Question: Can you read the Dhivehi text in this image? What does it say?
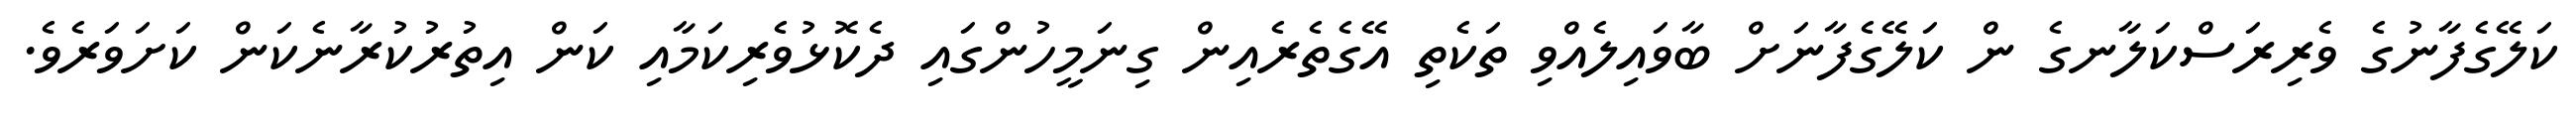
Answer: ކަލޭގެފާނުގެ ވެރިރަސްކަލާނގެ ން ކަލޭގެފާނަށް ބާވައިލެއްވި ތަކެތި އޭގެތެރެއިން ގިނަމީހުންގައި ދެކޮޅުވެރިކަމާއި ކަން އިތުރުކުރާނެކަން ކަށަވަރެވެ.